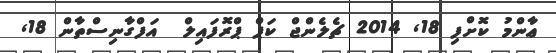
ޢާންމު ކޮށްފި 18